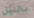
بالليل